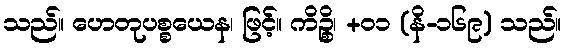
သည်။ ဟေတုပစ္စယေန၊ ဖြင့်။ ကိဉ္စိ၊ +၀၁ (နိ-၁၆၉) သည်။